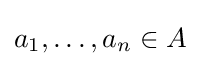
a_{1},\dotsc ,a_{n}\in A